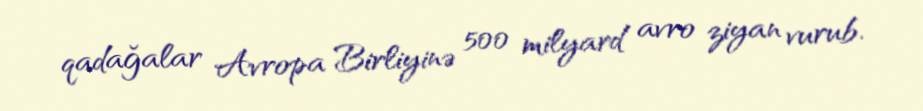
qadağalar Avropa Birliyinə 500 milyard avro ziyan vurub.